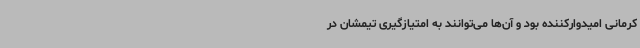
کرمانی امیدوارکننده بود و آن‌ها می‌توانند به امتیازگیری تیمشان در